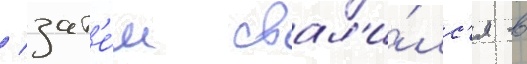
/ зат'е́м свал'и́лс'я в